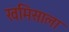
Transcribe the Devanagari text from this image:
खमिसाला